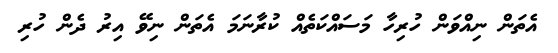
އެތަން ނިއްވަން ހުރިހާ މަސައްކަތެއް ކުރާނަމަ އެތަން ނިވޭ އިރު ދެން ހުރި